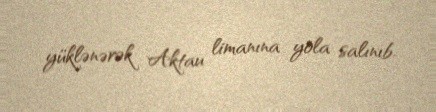
yüklənərək Aktau limanına yola salınıb.